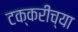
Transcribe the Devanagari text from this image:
टक्करीच्या